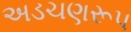
અડચણરૂપ